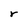
Character: r